Burma Government Medical School reports 1907-22
Year: 1907
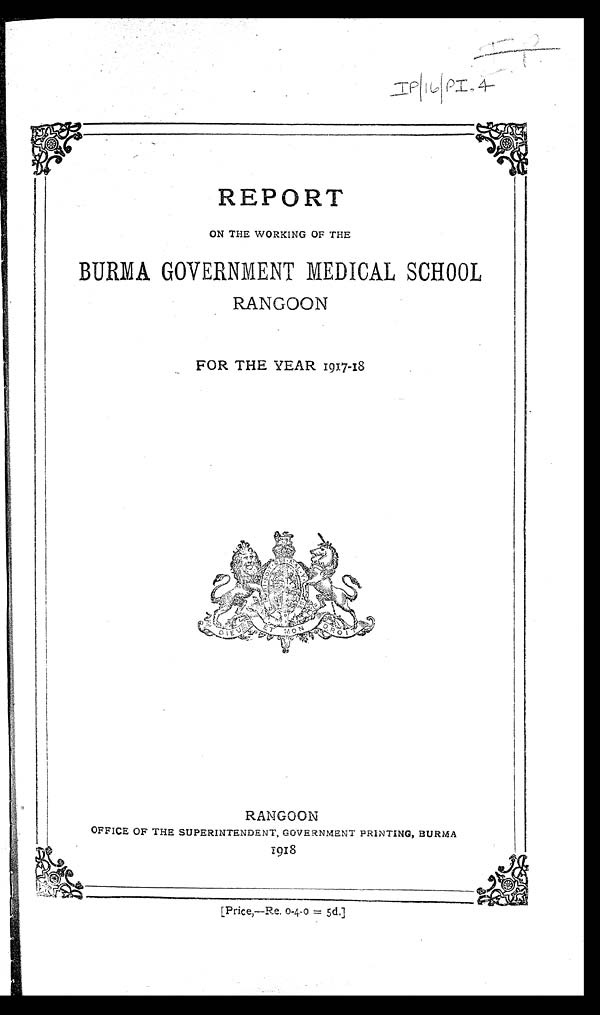
I P / 1 6 / P I . 4 I P
REPORT
ON THE WORKING OF THE
BURMA GOVERNMENT MEDICAL SCHOOL
RANGOON
F O R T H E Y E A R 1 9 1 7 - 1 8
R A N G O O N
O F F I C E O F T H E S U P E R I N T E N D E N T , G O V E R N M E N T P R I N T I N G B U R M A 1 9 1 8
[ P r i c e , — R e . 0 - 4 - 0 = 5 d . ]